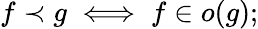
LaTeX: f\prec g\iff f\in o(g);